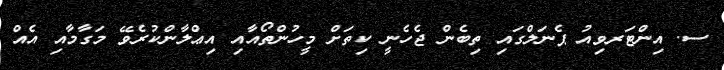
ސ. އިންޓަރވިއު ޕެނަލްގައި ތިބެން ޖެހެނީ ކިތަށް މީހުންތޯއާއި އިޢްލާންކުރެވޭ މަގާމާއި އެއް